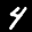
Label: 4